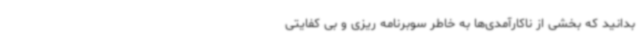
بدانید که بخشی از ناکارآمدی‌ها به خاطر سوبرنامه ریزی و بی کفایتی